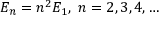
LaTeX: E _ { n } = n ^ { 2 } E _ { 1 } , \; n = 2 , 3 , 4 , \dots